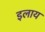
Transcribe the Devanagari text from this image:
इलाय